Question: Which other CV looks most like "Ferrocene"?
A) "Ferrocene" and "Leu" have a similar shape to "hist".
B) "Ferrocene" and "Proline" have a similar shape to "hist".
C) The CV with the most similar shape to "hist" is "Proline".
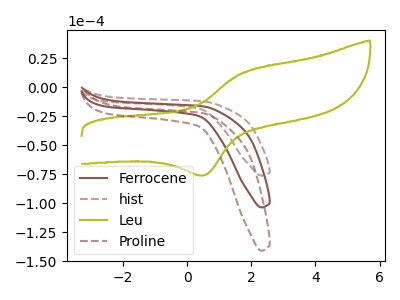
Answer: <think>The brown curve "Ferrocene" has no peaks. The brown dashed curve "hist" has no peaks. The olive curve "Leu" has an anodic peak at (1.75V, 12.80uA) and a cathodic peak at (0.55V, -75.60uA). The brown dashed curve "Proline" has no peaks.
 Neither "Ferrocene" or "hist" have any peaks. "Ferrocene" and "Leu" have a different number of peaks. Neither "Ferrocene" or "Proline" have any peaks. "hist" and "Leu" have a different number of peaks. Neither "hist" or "Proline" have any peaks. "Leu" and "Proline" have a different number of peaks.</think>
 <answer>B) "Ferrocene" and "Proline" have a similar shape to "hist".</answer>
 <eval>B</eval>